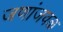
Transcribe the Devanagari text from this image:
जणांजवळ